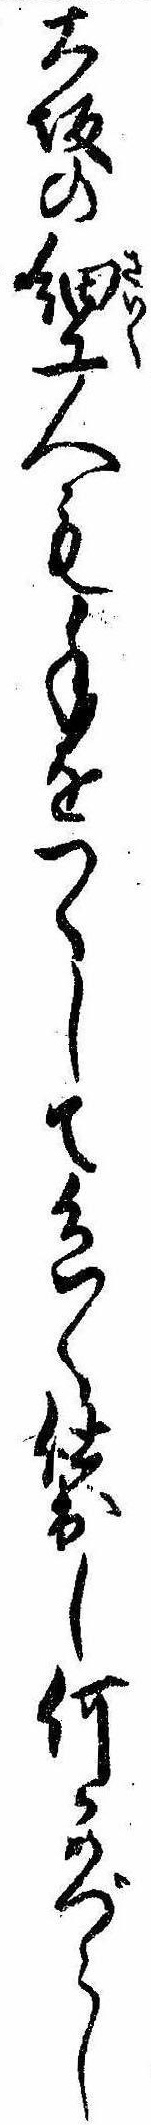
大坂の細工人も手をつくして色〱仕出し何かめづらし